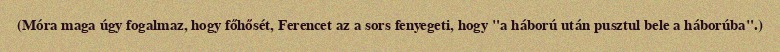
(Móra maga úgy fogalmaz, hogy főhősét, Ferencet az a sors fenyegeti, hogy "a háború után pusztul bele a háborúba".)